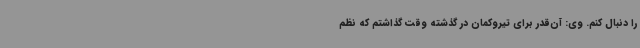
را دنبال کنم. وی: آن‌قدر برای تیروکمان در گذشته وقت گذاشتم که نظم